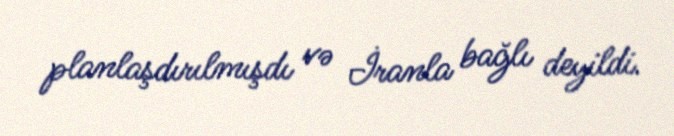
planlaşdırılmışdı və İranla bağlı deyildi.